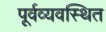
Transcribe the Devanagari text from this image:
पूर्वव्यवस्थित